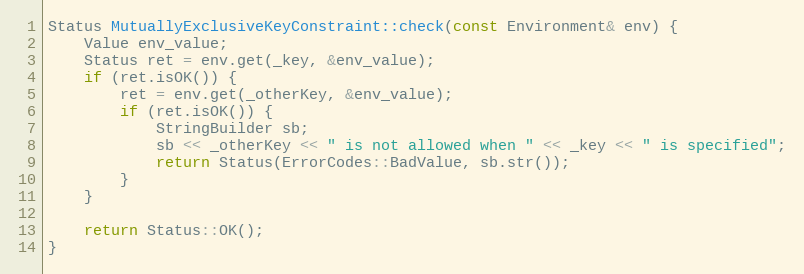
Language: C++
Status MutuallyExclusiveKeyConstraint::check(const Environment& env) {
    Value env_value;
    Status ret = env.get(_key, &env_value);
    if (ret.isOK()) {
        ret = env.get(_otherKey, &env_value);
        if (ret.isOK()) {
            StringBuilder sb;
            sb << _otherKey << " is not allowed when " << _key << " is specified";
            return Status(ErrorCodes::BadValue, sb.str());
        }
    }

    return Status::OK();
}